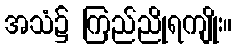
အသံ၌ ကြည်ညိုရကျိုး။